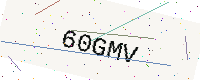
Text: 60GMV